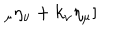
LaTeX: _ { \mu } \eta _ { \nu } + k _ { \nu } \eta _ { \mu } ]